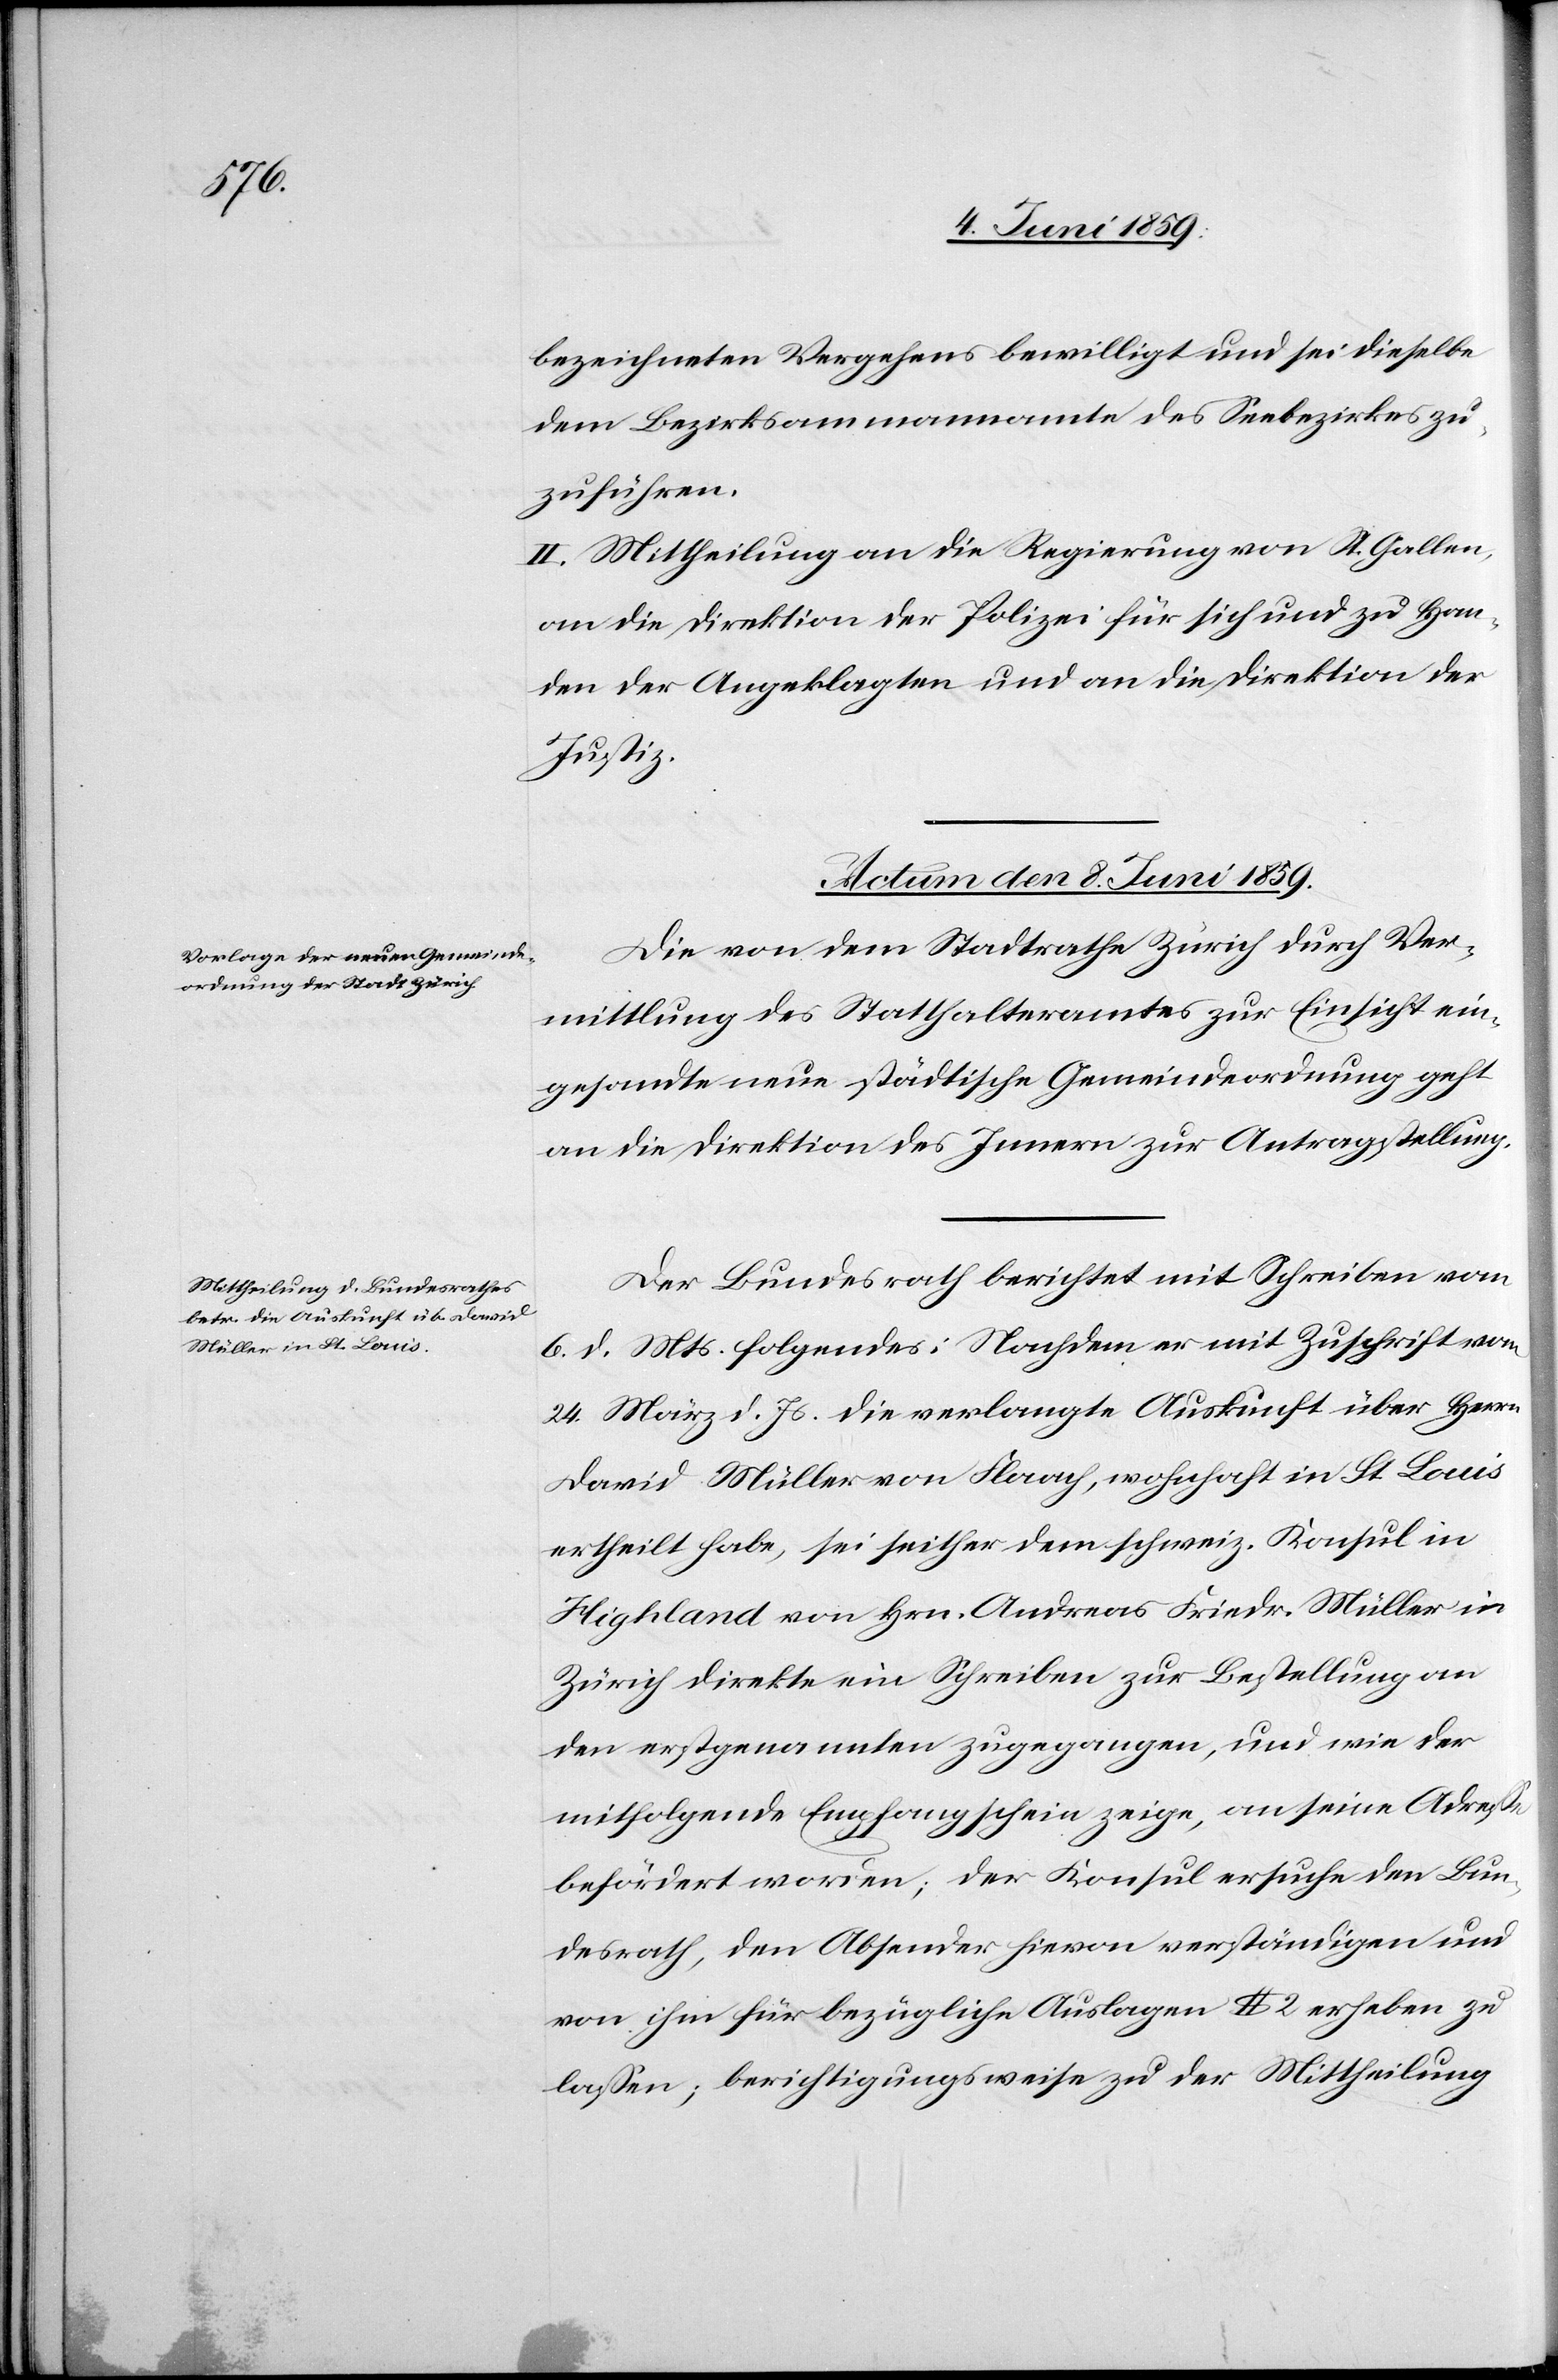
bezeichneten Vergehens bewilligt und sei dieselbe
dem Bezirksammannamte des Seebezirkes zu¬
zuführen.
II. Mittheilung an die Regierung von St. Gallen,
an die Direktion der Polizei für sich und zu Han¬
den der Angeklagten und an die Direktion der
Justiz.
Actum den 8. Juni 1859.]
Die von dem Stadtrathe Zürich durch Ver¬
mittlung des Statthalteramtes zur Einsicht ein¬
gesandte neue städtische Gemeindeordnung geht
an die Direktion des Innern zur Antragstellung.
Der Bundesrath berichtet mit Schreiben vom
6. d. Mts. folgendes: Nachdem er mit Zuschrift vom
24. März d. Js. die verlangte Auskunft über Herrn
David Müller von Flaach, wohnhaft in St. Louis
ertheilt habe, sei seither dem schweiz. Konsul in
Highland von Hrn. Andreas Friedr. Müller in
Zürich direkt ein Schreiben zur Bestellung an
den erstgenannten zugegangen, und wie der
mitfolgende Empfangschein zeige, an seine Adresse
befördert worden; der Konsul ersuche den Bun¬
desrath, den Absender hievon verständigen und
von ihm für bezügliche Auslagen $ 2 erheben zu
lassen; berichtigungsweise zu der Mittheilung